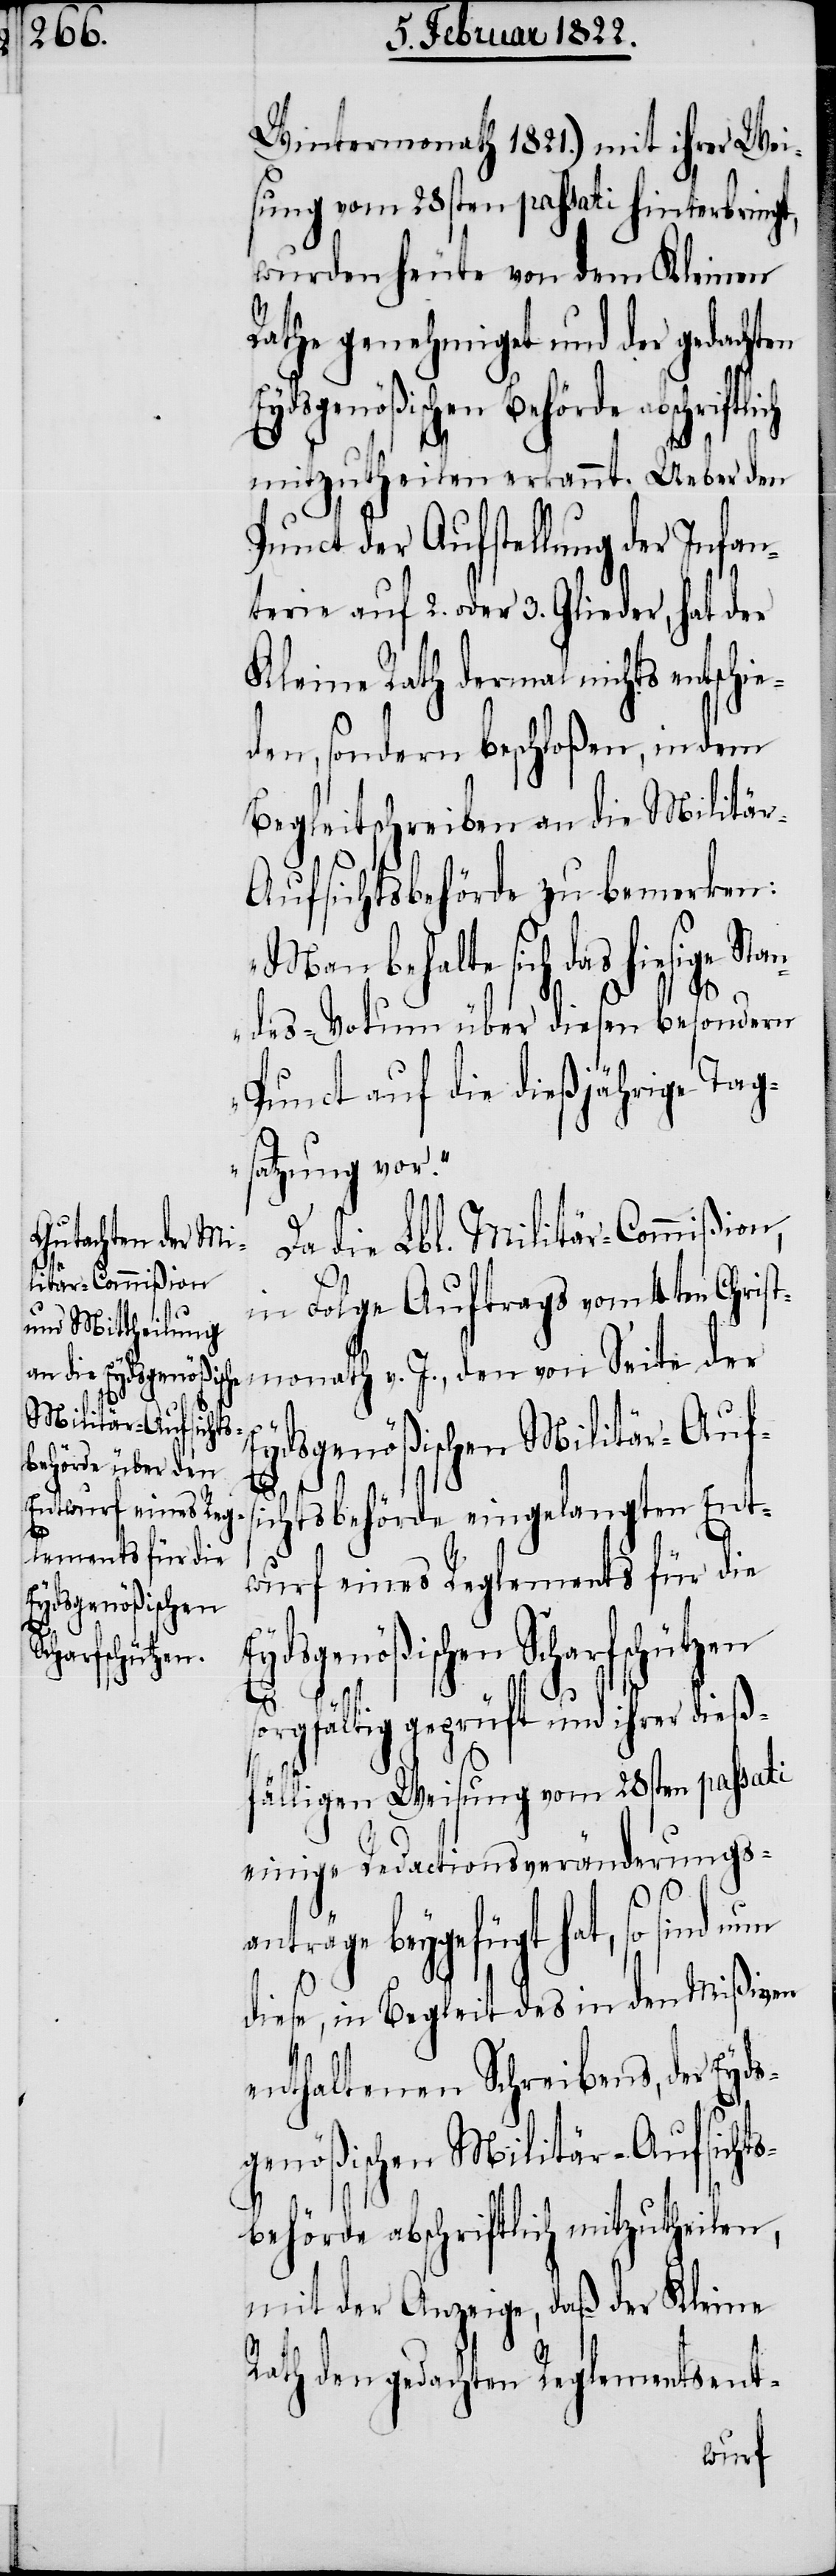
so¬
Eydsgenößischen
Scharfschützen

Wintermonath 1821.) mit ihrer Wei¬
sung vom 23sten passati hinterbringt,
wurden heute von dem Kleinen
Rathe genehmiget und der gedachten
Punct der Aufstellung der Infan¬
terie auf 2. oder 3. Glieder, hat der
Kleine Rath dermal nichts entschi¬
eden, sondern beschloßen, in dem
Begleitschreiben an die Militä¬
r-Aufsichtsbehörde zu bemerken:
„Man behalte sich das hiesige Sta¬
ndes-Votum über diesen besondern
Punct auf die dießjährige Tags¬
atzung vor.“
Da die Lbl. Militär-Commißion,
in Folge Auftrags vom 4ten Christ¬
monath v. J. den von Seite der
Eydsgenößischen Militär-Auf¬
si¬
chtsbehörde eingelangten Ent¬
wurf eines Reglements für die
rgfältig geprüft und ihrer dieß¬
fälligen Weisung vom 28sten passati
einige Redactionsveränderungs¬
anträge beygefügt hat, so sind nun
diese, in Begleit des in den Mißiven
enthaltenen Schreibens, der Eyd¬
sgenößischen Militär-Aufsichts¬
behörde abschriftlich mitzutheilen,
mit der Anzeige, daß der Kleine
Rath den gedachten Reglementsent-